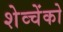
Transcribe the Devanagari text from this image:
शेव्चेंको